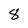
Character: 8